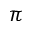
\pi